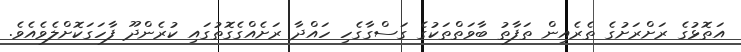
އަތޮޅުގެ ރަށްރަށުގެ ތެރެއިން ތަފާތު ބާވަތްތަކުގެ ގަސްގާގެހި ހައްދާ ރަށެއްގެގޮތުގައި ކުރެންދޫ ފާހަގަކޮށްލެވެއެވެ.